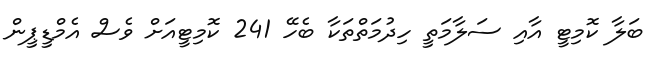
ބަލާ ކޮމިޓީ އާއި ސަލާމަތީ ހިދުމަތްތަކާ ބެހޭ 241 ކޮމިޓީއަށް ވެސް އެމްޑީޕީން